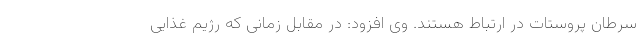
سرطان پروستات در ارتباط هستند. وی افزود: در مقابل زمانی که رژیم غذایی